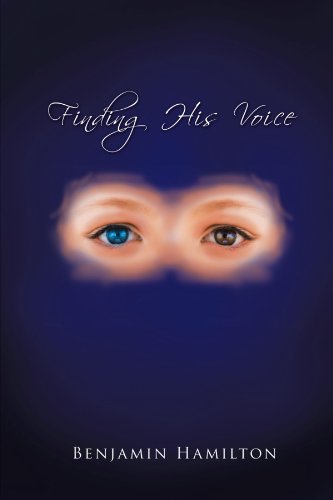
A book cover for Finding His Voice; Benjamin Hamilton; Romance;